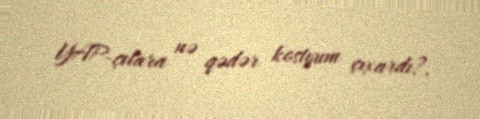
YAP-çılara nə qədər kostyum çıxardı?.